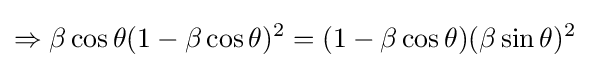
\Rightarrow \beta \cos \theta (1-\beta \cos \theta )^{2}=(1-\beta \cos \theta )(\beta \sin \theta )^{2}